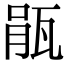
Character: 瓹